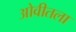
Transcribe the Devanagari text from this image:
ओवीतला